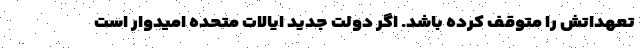
تعهداتش را متوقف کرده باشد. اگر دولت جدید ایالات متحده امیدوار است